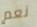
نعم